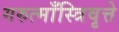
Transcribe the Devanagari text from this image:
गरुत्माँस्त्रिवृत्ते